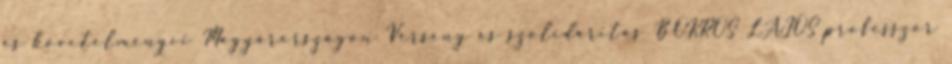
és követelményei Magyarországon Verseny és szolidaritás BOKROS LAJOS professzor